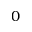
0